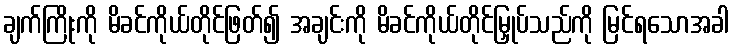
ချက်ကြိုးကို မိခင်ကိုယ်တိုင်ဖြတ်၍ အချင်းကို မိခင်ကိုယ်တိုင်မြှုပ်သည်ကို မြင်ရသောအခါ